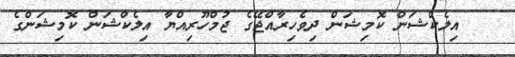
އިލެކްޝަން ކޮމިޝަން ދިވެހިރާއްޖޭގެ ޖުމްހޫރިއްޔާ އިލެކްޝަން ކޮމިޝަންގެ